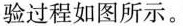
验过程如图所示。